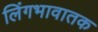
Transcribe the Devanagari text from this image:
लिंगभावातक